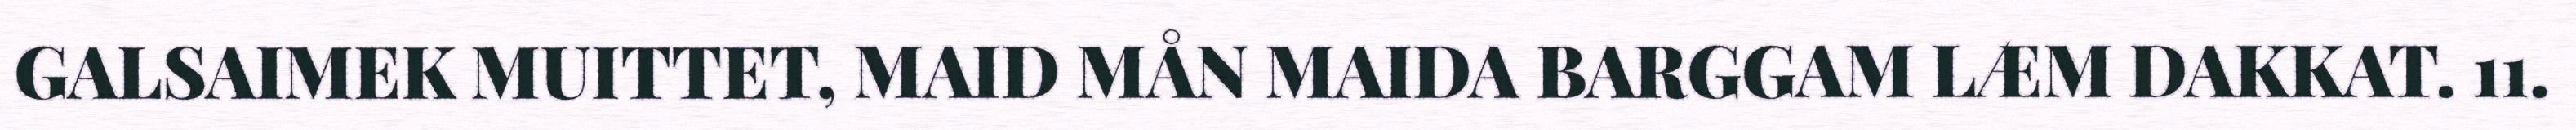
GALSAIMEK MUITTET, MAID MÅN MAIDA BARGGAM LÆM DAKKAT. 11.